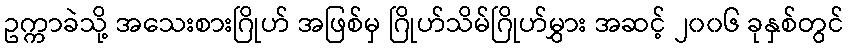
ဥက္ကာခဲသို့ အသေးစားဂြိုဟ် အဖြစ်မှ ဂြိုဟ်သိမ်ဂြိုဟ်မွှား အဆင့် ၂၀၀၆ ခုနှစ်တွင်